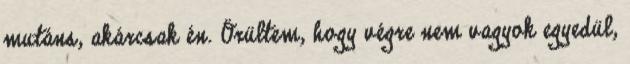
mutáns, akárcsak én. Örültem, hogy végre nem vagyok egyedül,